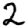
Digit: 2